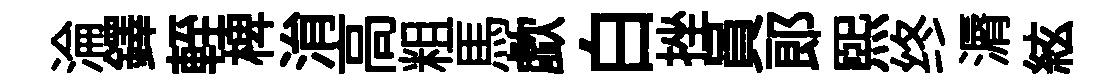
淪鐸輊椑㳙高粗馬歔白挫員郎熙终漘絃